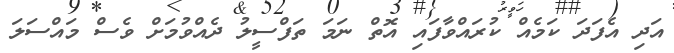
އަދި އެފަދަ ކަމެއް ކުރައްވާފައި އޮތް ނަމަ ތަފްސީލު ދެއްވުމަށް ވެސް މައްސަލަ